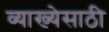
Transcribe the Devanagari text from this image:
व्याख्येसाठी